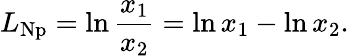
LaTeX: L_{\mathrm{{Np}}}=\ln{\frac{x_{1}}{x_{2}}}=\ln x_{1}-\ln x_{2}.